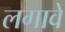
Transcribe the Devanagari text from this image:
लगावें